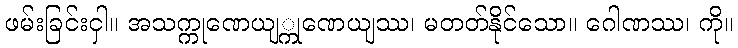
ဖမ်းခြင်းငှါ။ အသက္ကုဏေယျ္ကုဏေယျဿ၊ မတတ်နိုင်သော။ ဂေါဏဿ၊ ကို။